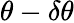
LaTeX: \theta-\delta\theta